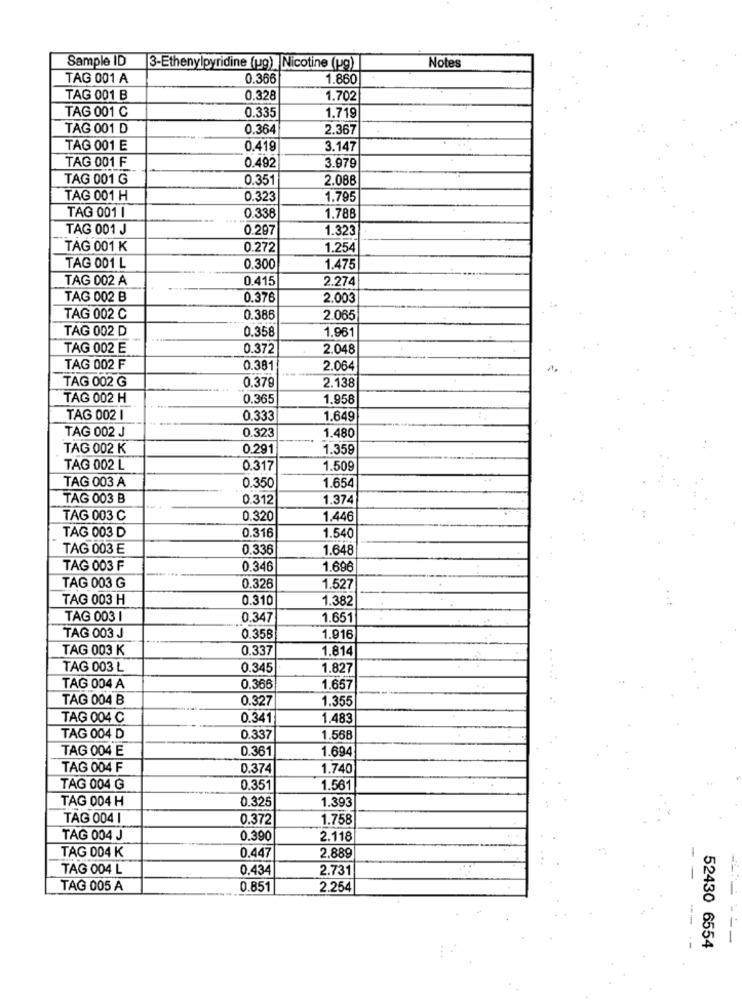
Sample ID
Notes
3-Ethenylpyridine (ug) |Nicotine (pg)
TAG 001 A
0.366
1.860
TAG 001 B
0.328
1.702
TAG 001 C
0.335
1.719
TAG 001 D
0.364
2.367
TAG 001 E
0.419
3.147
TAG 001 F
0.492
3.979
TAG 001 G
0.351
2.088
TAG 001 H
0.323
1.795
TAG 001 1
0.338
1.788
TAG 001 J
0.297
1.323
TAG 001 K
0.272
1.254
TAG 001 L
0.300
1.475
TAG 002 A
0.415
2.274
TAG 002 B
0.376
2.003
TAG 002 C
0.386
2.065
TAG 002 D
0.358
1.961
TAG 002 E
0.372
2.048
TAG 002 F
0.381
2.064
TAG 002 G
0.379
2.138
TAG 002 H
0.365
1.958
TAG 002 1
0.333
1.649
TAG 002 J
0.323
1.480
TAG 002 K
0.291
1.359
TAG 002 L
0.317
1.509
TAG 003 A
0.350
1.654
TAG 003 B
0.312
1.374
TAG 003 C
0.320
1.446
TAG 003 D
1.540
0.316
TAG 003 E
0.336
1.648
TAG 003 F
0.346
1.696
TAG 003 G
0.326
1.527
TAG 003 H
0.310
1.382
TAG 003 1
0.347
1.651
TAG 003 J
0.358
1.916
TAG 003 K
0.337
1.814
TAG 003 L
0.345
1.827
TAG 004 A
0.366
1.657
TAG 004 B
0.327
1.355
TAG 004 C
0.341
1.483
TAG 004 D
0.337
1.568
TAG 004 E
0.361
1.694
TAG 004 F
0.374
1.740
TAG 004 G
0.351
1.561
TAG 004 H
0.325
1.393
TAG 004 |
0.372
1.758
TAG 004 J
0.390
2.118
TAG 004 K
2.889
0.447
TAG 004 L
0.434
2.731
TAG 005 A
0.851
2.254
52430 6554